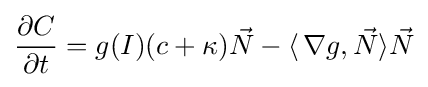
{\frac {\partial C}{\partial t}}=g(I)(c+\kappa ){\vec {N}}-\langle \,\nabla g,{\vec {N}}\rangle {\vec {N}}